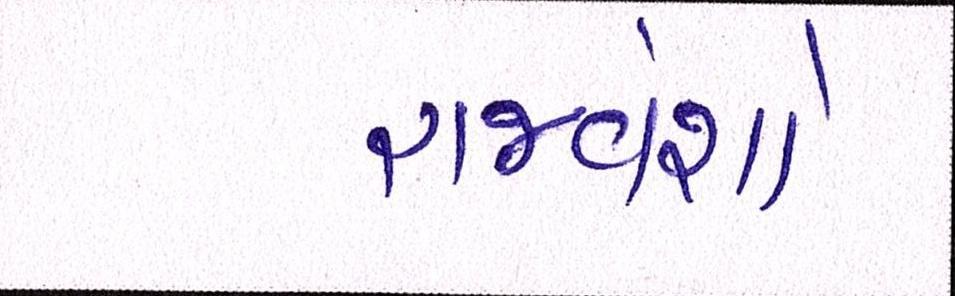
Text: રાજવંશો